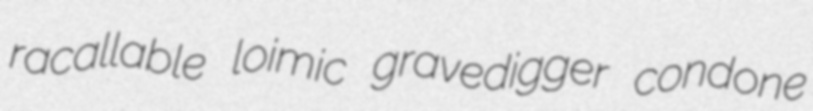
racallable loimic gravedigger condone